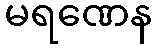
မရဏေန